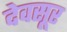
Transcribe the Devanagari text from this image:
देवसूर